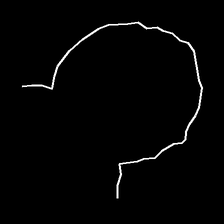
Glyph: weave